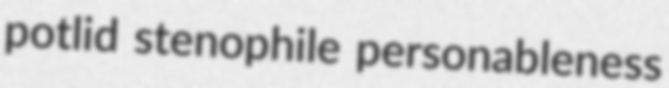
potlid stenophile personableness